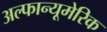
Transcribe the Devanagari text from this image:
अल्फान्यूमेरिक